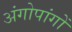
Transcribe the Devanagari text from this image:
अंगोपांगों